Rangoon Lunatic Asylum 1878-1892 - 1878-1892
Year: 1878
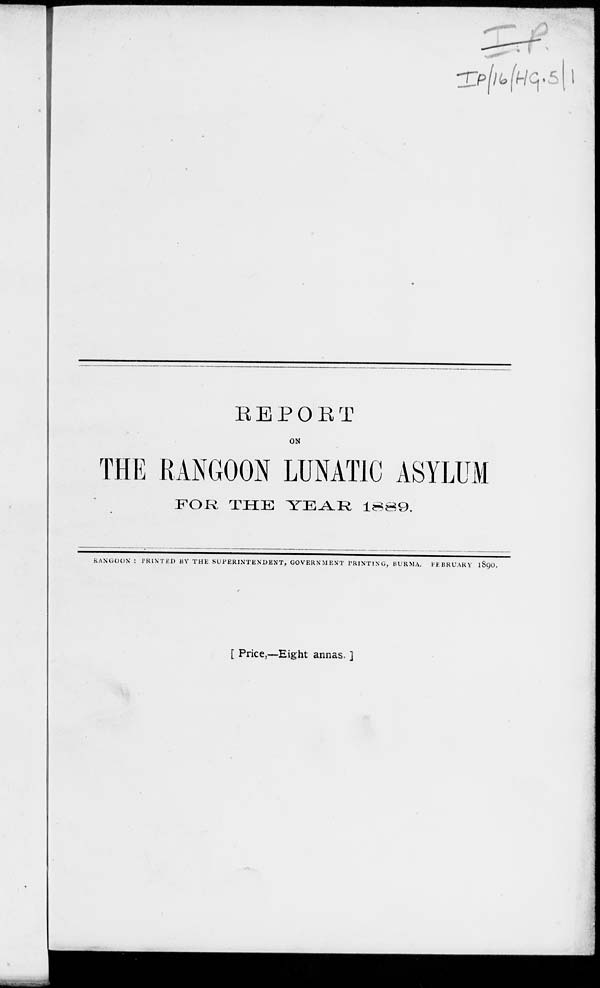
REPORT
ON
THE RANGOON LUNATIC ASYLUM
FOR
THE
YEAR
1889.
RANGOON : PRINTED BY THE SUPERINTENDENT, GOVERNMENT PRINTING, BURMA. FEBRUARY 1890.
[ Price,—Eight annas. ]